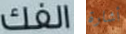
الفك أشارة